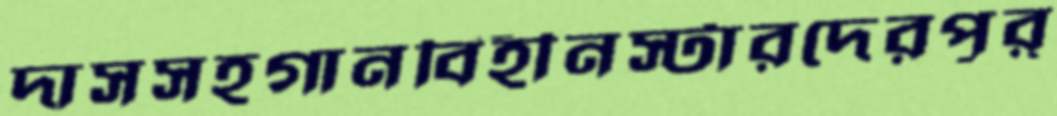
দাসসহগানবিহীনস্টারদেরপূর্